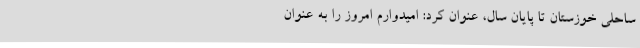
ساحلی خوزستان تا پایان سال، عنوان کرد: امیدوارم امروز را به عنوان